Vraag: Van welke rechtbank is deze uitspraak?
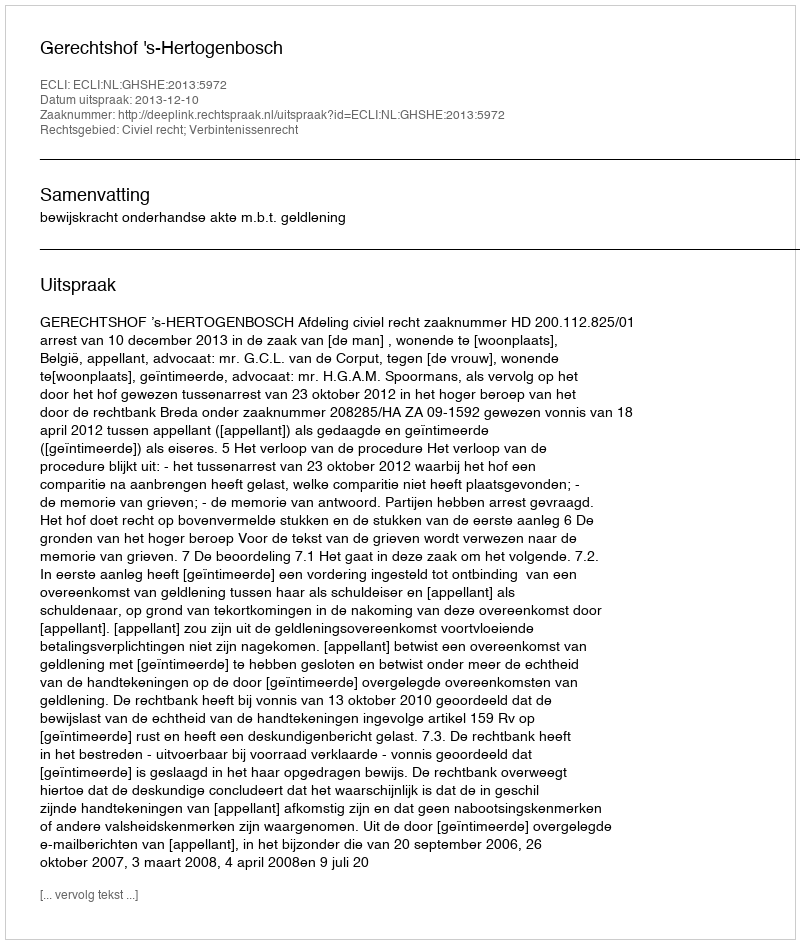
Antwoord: Gerechtshof 's-Hertogenbosch